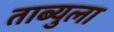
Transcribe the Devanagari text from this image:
ताब्युला